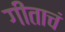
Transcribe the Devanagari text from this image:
गीताचं